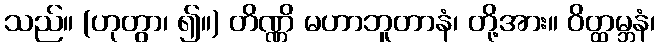
သည်။ (ဟုတွာ၊ ၍။) တိဏ္ဏိ မဟာဘူတာနံ၊ တို့အား။ ဝိတ္ထမ္ဘနံ၊